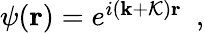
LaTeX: \begin{array}{r}{\psi({\mathbf r})=e^{i({\mathbf k}+{\cal K}){\mathbf r}}~~,}\end{array}